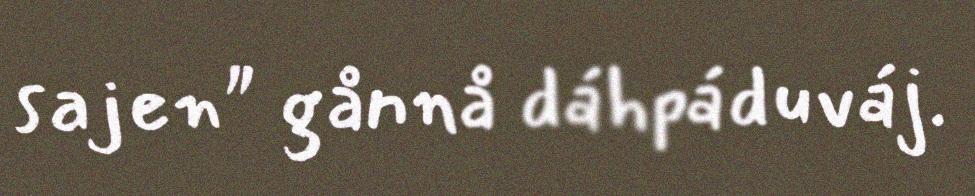
sajen" gånnå dáhpáduváj.